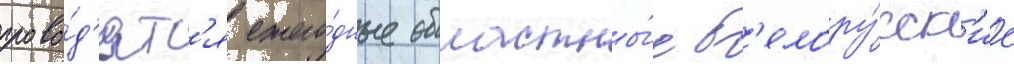
прово́д'ятс'я ежего́дные областны́е б'елору́сск'ие